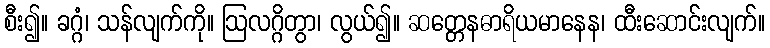
စီး၍။ ခဂ္ဂံ၊ သန်လျက်ကို။ ဩလဂ္ဂိတွာ၊ လွယ်၍။ ဆတ္တေနဓာရိယမာနေန၊ ထီးဆောင်းလျက်။